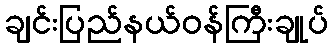
ချင်းပြည်နယ်ဝန်ကြီးချုပ်